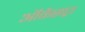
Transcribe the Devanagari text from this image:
ऑर्केसट्रा